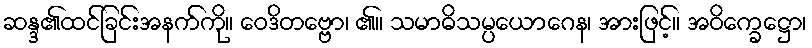
ဆန္ဒ၏ထင်ခြင်းအနက်ကို။ ဝေဒိတဗ္ဗော၊ ၏။ သမာဓိသမ္ပယောဂေန၊ အားဖြင့်။ အဝိက္ခေဋ္ဌော၊